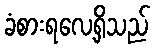
ခံစားရလေ့ရှိသည်